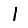
Digit: 1